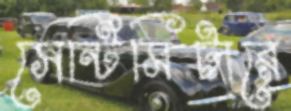
সেন্টিমিটারে